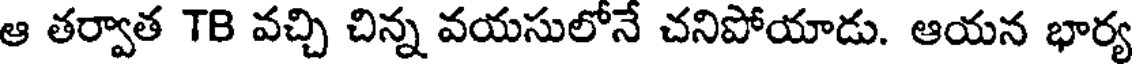
ఆ తర్వాత TB వచ్చి చిన్న వయసులోనే చనిపోయాడు. ఆయన భార్య